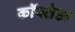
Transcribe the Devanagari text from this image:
कॉस्तेऊ